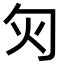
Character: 灳